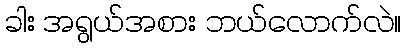
ခါး အရွယ်အစား ဘယ်လောက်လဲ။